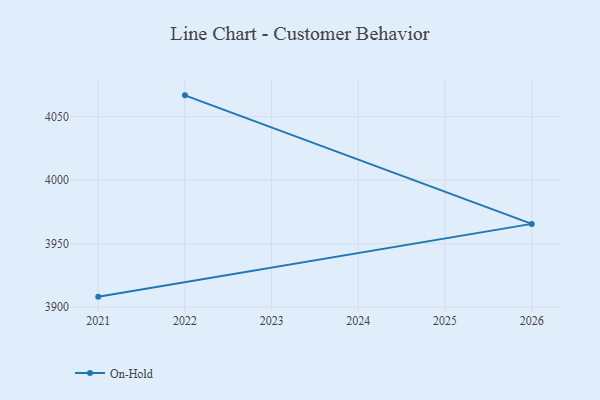
{"axis": {"x": "Year", "y": "Active Users"}, "legend": ["On-Hold"], "data": [{"x": "2022", "y": 4066.8, "type": "On-Hold"}, {"x": "2026", "y": 3965.6, "type": "On-Hold"}, {"x": "2021", "y": 3908.3, "type": "On-Hold"}]}